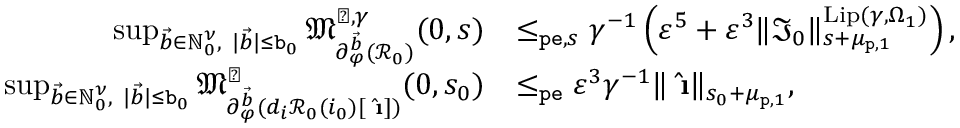
\begin{array} { r l } { \operatorname* { s u p } _ { \vec { b } \in \mathbb { N } _ { 0 } ^ { \nu } , \ | \vec { b } | \le \mathtt { b } _ { 0 } } \mathfrak { M } _ { \partial _ { \varphi } ^ { \vec { b } } ( \mathcal { R } _ { 0 } ) } ^ { \sharp , \gamma } ( 0 , s ) } & { \le _ { \mathtt { p e } , s } \gamma ^ { - 1 } \left( \varepsilon ^ { 5 } + \varepsilon ^ { 3 } \rVert \mathfrak { I } _ { 0 } \rVert _ { s + \mu _ { \mathtt { p } , 1 } } ^ { \mathrm { L i p } ( \gamma , \Omega _ { 1 } ) } \right) , } \\ { \operatorname* { s u p } _ { \vec { { b } } \in \mathbb { N } _ { 0 } ^ { \nu } , \ | \vec { { b } } | \le \mathtt { b } _ { 0 } } \mathfrak { M } _ { \partial _ { \varphi } ^ { \vec { b } } ( d _ { i } \mathcal { R } _ { 0 } ( i _ { 0 } ) [ \hat { \textbf { \i } } ] ) } ^ { \sharp } ( 0 , s _ { 0 } ) } & { \le _ { \mathtt { p e } } \varepsilon ^ { 3 } \gamma ^ { - 1 } \rVert \hat { \textbf { \i } } \rVert _ { s _ { 0 } + \mu _ { \mathtt { p } , 1 } } , } \end{array}